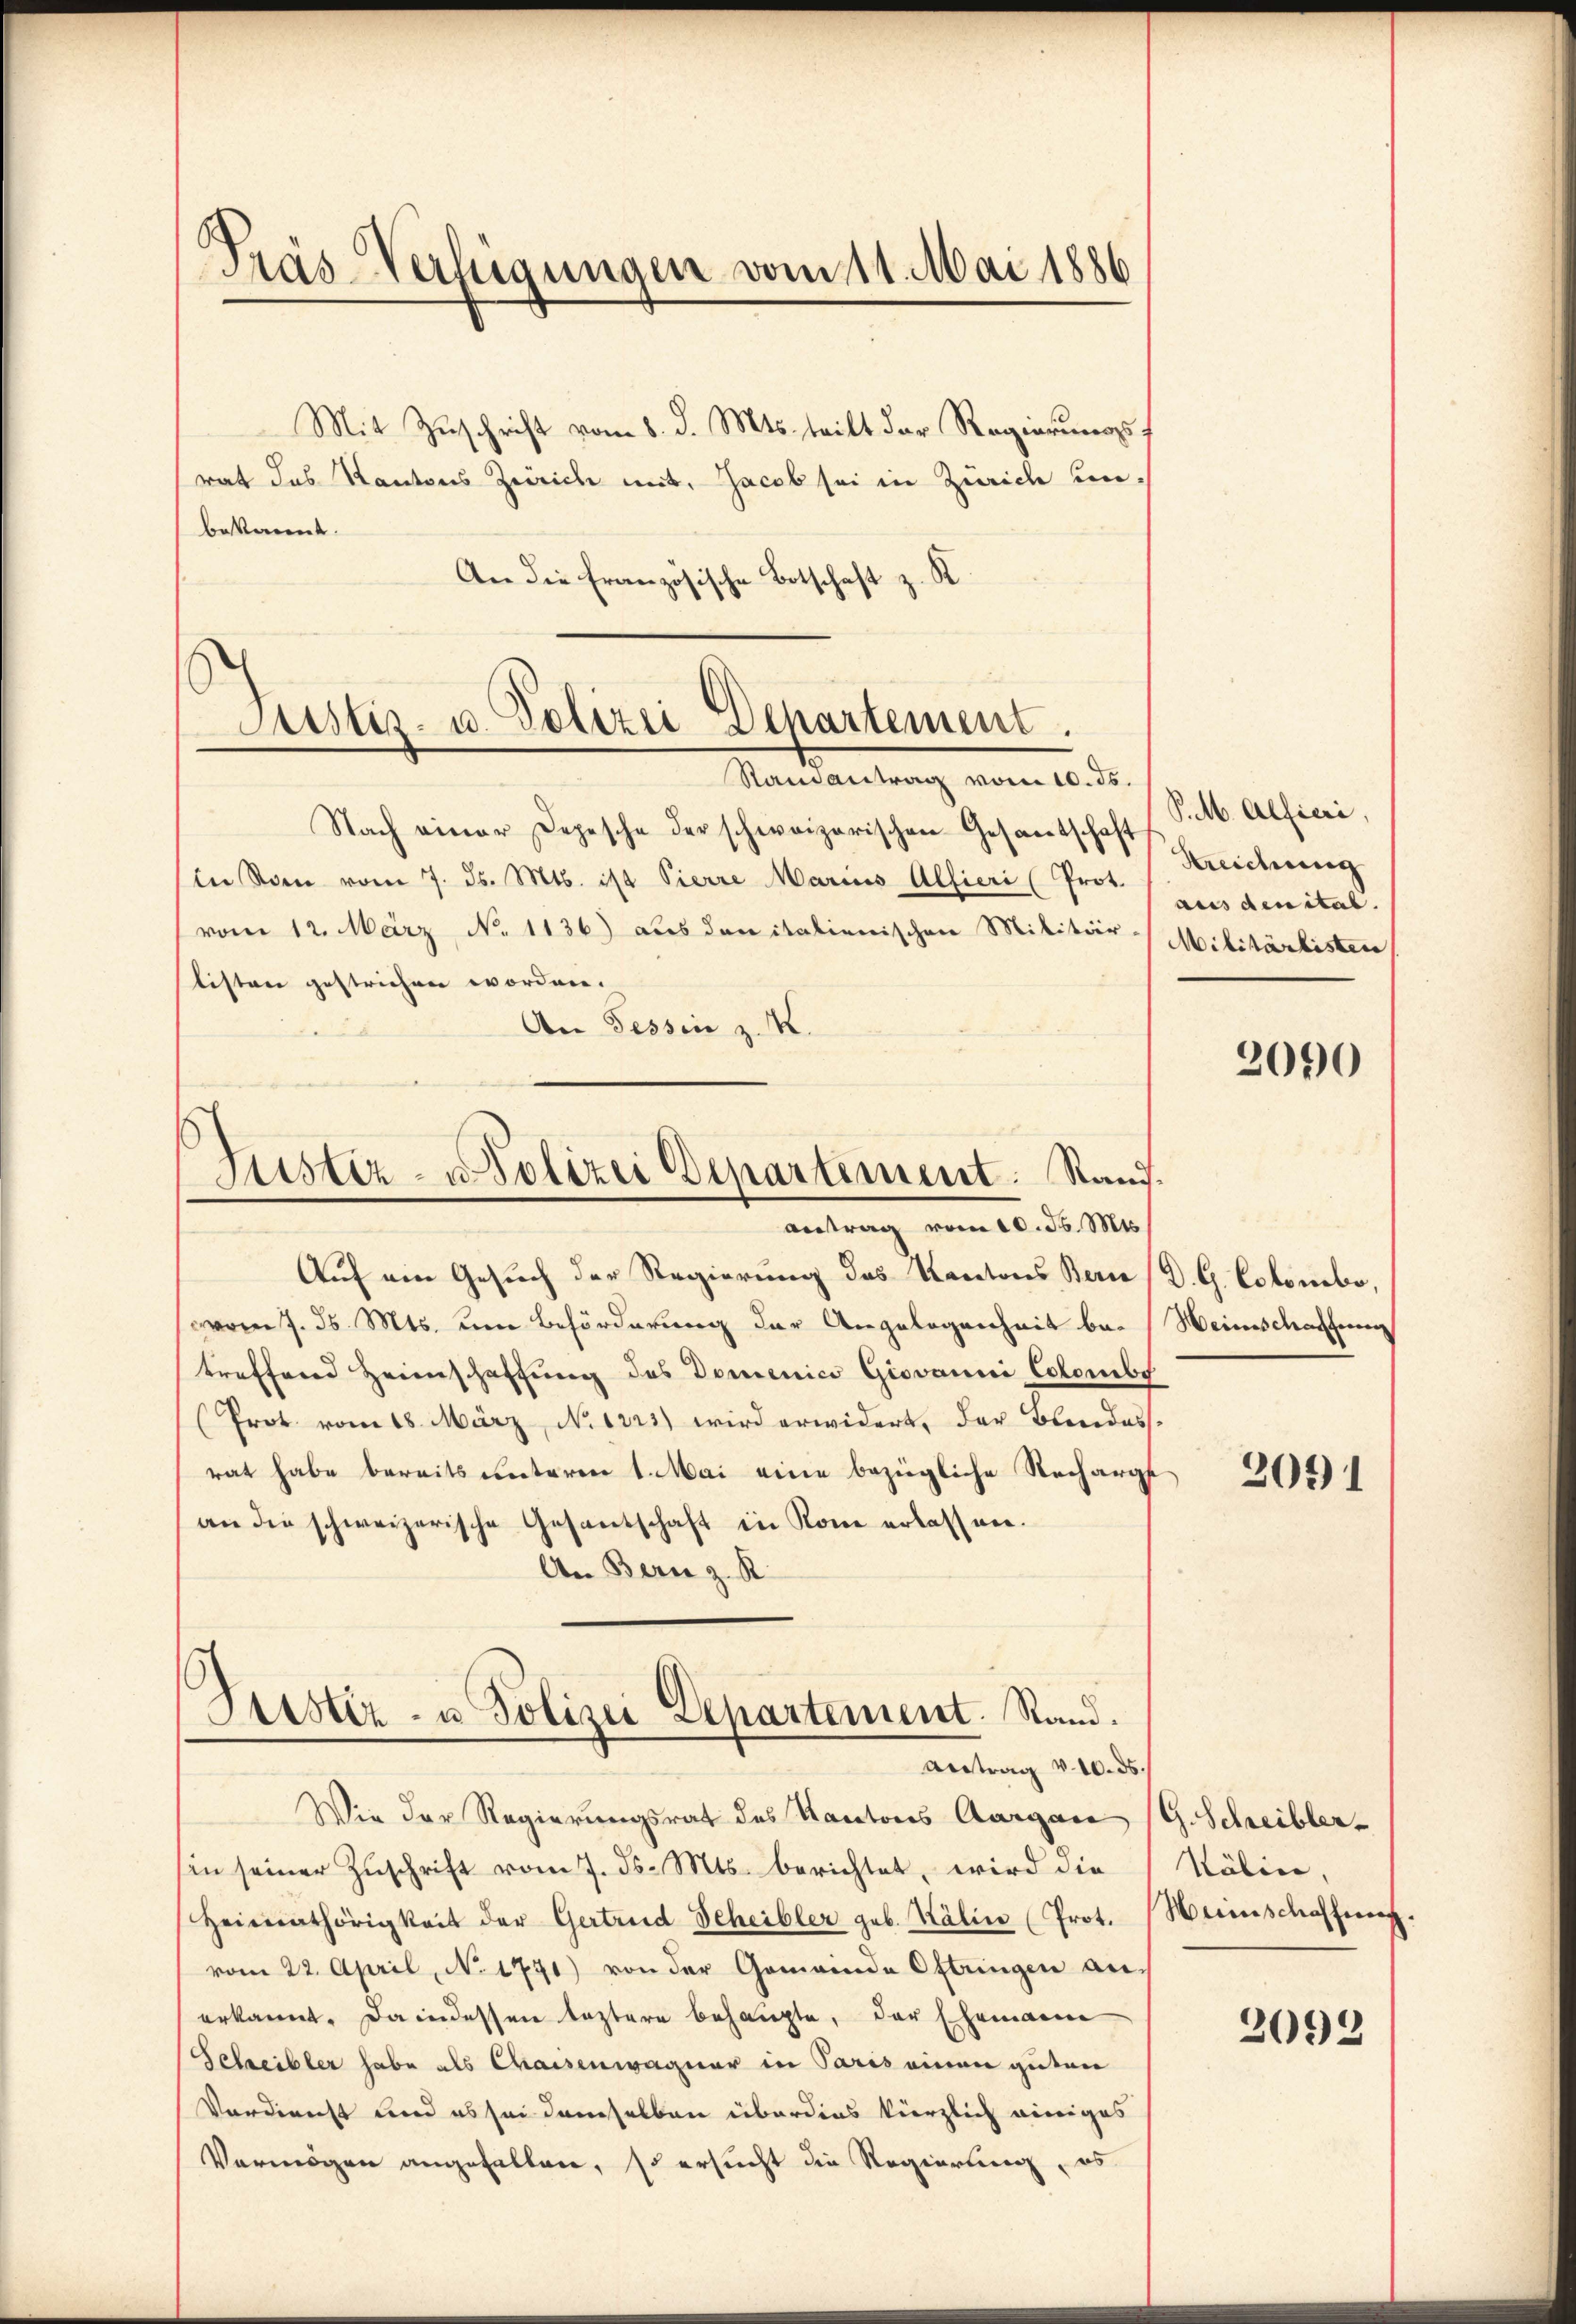
Prás-Verfügungen vom 11. Mai 1886

Mit Zuschrift vom 8. d. Mts. tritt der Regierungsrat das Kantons Zürich mit, Jacob sei in Zürich unbekannt.
An die Französische Botschaft z. R.

Justiz- u. Polizei Departement.
.
Randantrag vom 10. ds.

Justiz- u. Polizei Departement. Rand.
antrag vom 10. ds. Mts.

Nach einer Depesche der schweizerischen Gesantschaft P. M. Alficei,
in Rom vom 7. ds. Mts. ist Pierre Marius Alfieri (Prot.
vom 12. März No. 1136) aus den italienischen Militär-Militärbisten
listen gestrichen worden.
An Tessin z. K.
Auf am Gesuch der Regierung des Kantons Bern (D. G. Colombe,
vom 7. d. Mts. um Beförderung der Angelegenheit be- Weinschaftung
treffend Heimschaffung des Domenico Giovanni Colombe
Prot. vom 18. März, N. 1221) wird erwidert, der Bundes-
rat habe bereits unteren 1. Mai eine bezügliche Nacharge
an die schweizerische Gesandschaft in Rom erlassen.
An Bern z. R.

Geister- u Polizei Departement. Stand.
Antrag v. 10. ds.

Wie der Regierungsrat des Kantons Aargau (G. Schreibler-
sin seiner Zuschrift vom 7. ds. Mts. berichtet, wird die
Heimathörigkeit der Gertrud Scheibler geb. Kälin (Prot. Heinschaffung
vom 22. April, No. 1771) von der Gemeinde Oftringen anerkannt. Da indessen leztere behaupte, der Ehemann
Schreibler habe als Chaisenwagner in Paris einen guten
Verdienst und es sei demselben überdies kürzlich einiges
Vermögen angefallen, so ersucht die Regierung, es

Streichung
aus den ital.

2090

2091

Kälin,

2093